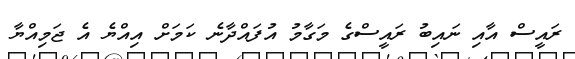
ރައީސް އާއި ނައިބު ރައީސްގެ މަގާމު އުފައްދާނެ ކަމަށް އިއްޔެ އެ ޖަމިއްޔާ